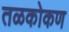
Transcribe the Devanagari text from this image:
तळकोकण